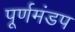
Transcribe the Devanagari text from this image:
पूर्णमंडप